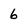
Character: 6